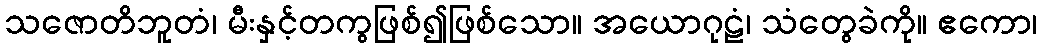
သဇောတိဘူတံ၊ မီးနှင့်တကွဖြစ်၍ဖြစ်သော။ အယောဂုဠံ၊ သံတွေခဲကို။ ဧကော၊